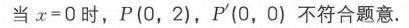
当\(x = 0\)时，\(P(0,2)\)，\(P'(0,0)\)不符合题意.